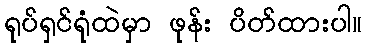
ရုပ်ရှင်ရုံထဲမှာ ဖုန်း ပိတ်ထားပါ။